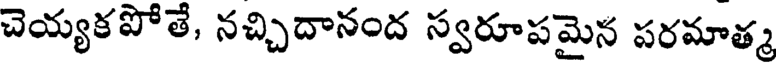
చెయ్యకపోతే, నచ్చిదానంద స్వరూపమైన పరమాత్మ